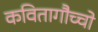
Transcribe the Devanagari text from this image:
कवितागौच्चो